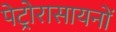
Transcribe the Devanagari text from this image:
पेट्रोरासायनों